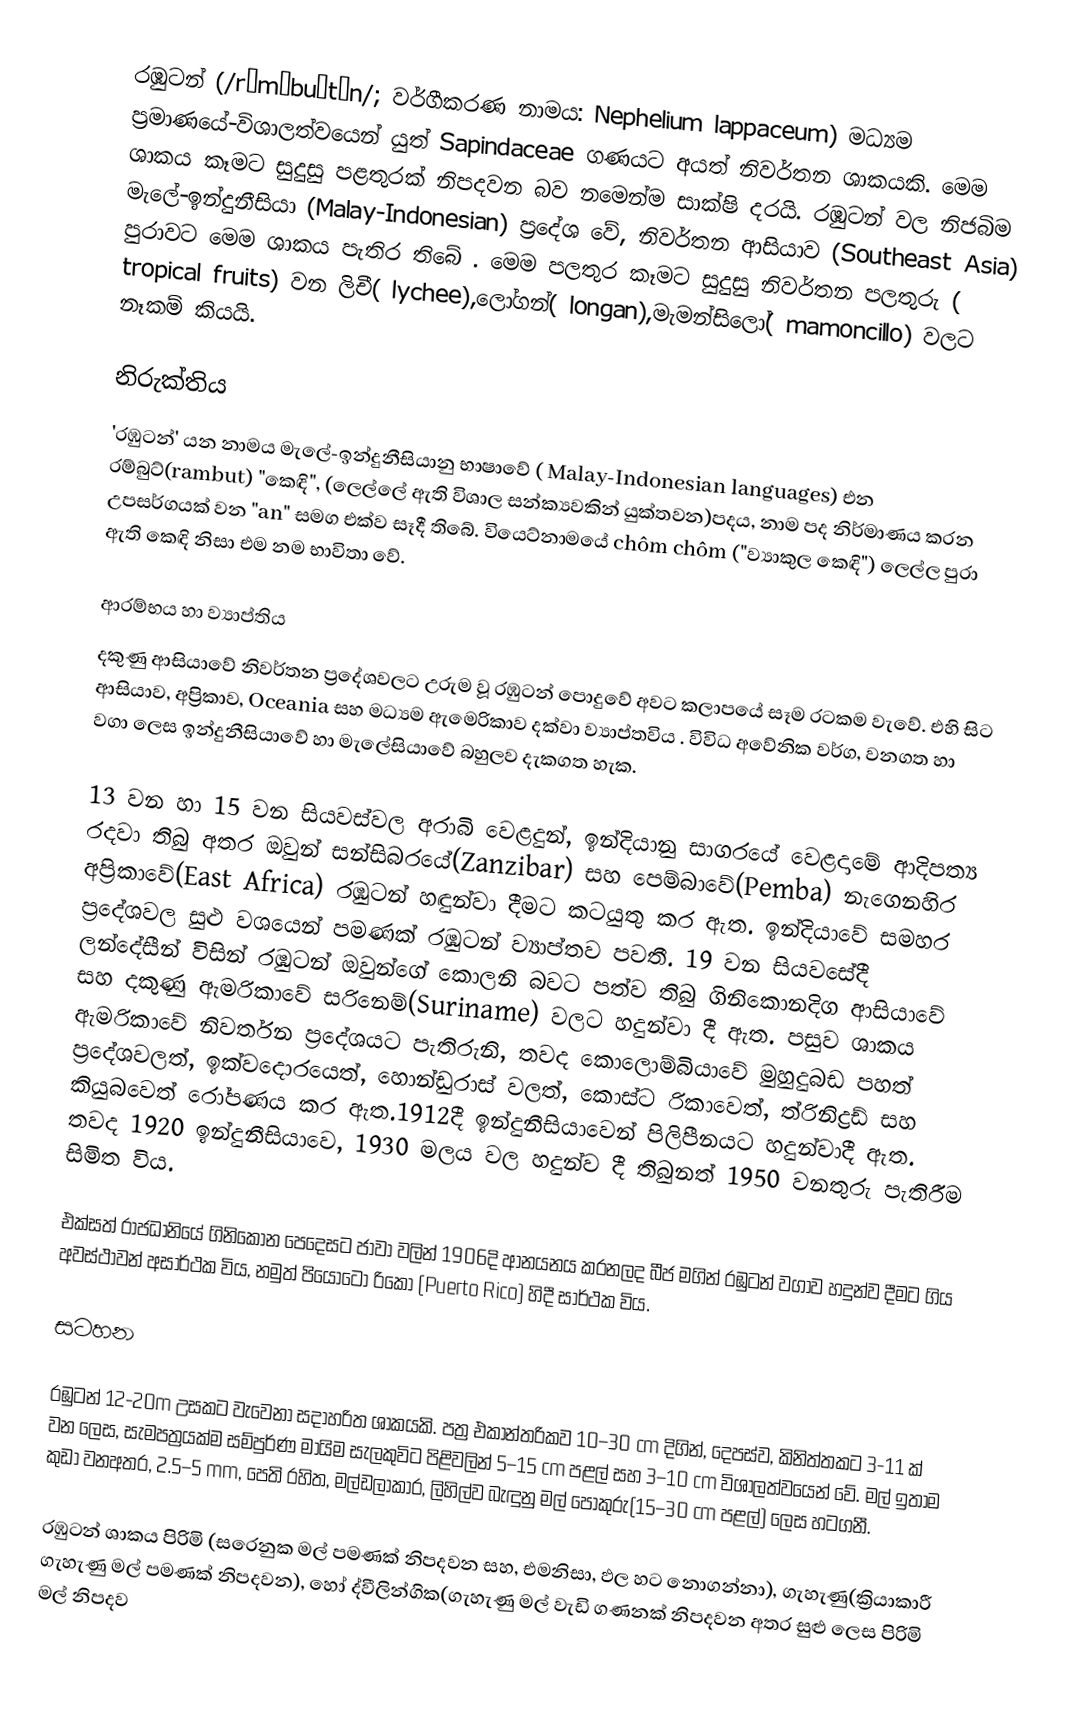
රඹුටන් (/ræmˈbuːtən/; වර්ගීකරණ නාමය: Nephelium lappaceum) මධ්‍යම ප්‍රමාණයේ-විශාලත්වයෙන් යුත්  Sapindaceae ගණයට අයත් නිවර්තන ශාකයකි. මෙම ශාකය කෑමට සුදුසු පළතුරක් නිපදවන බව නමෙන්ම සාක්ෂි දරයි. රඹුටන් වල නිජබිම මැලේ-ඉන්දුනීසියා (Malay-Indonesian) ප්‍රදේශ වේ, නිවර්තන ආසියාව  (Southeast Asia) පුරාවට මෙම ශාකය පැතිර තිබේ . මෙම පලතුර කෑමට සුදුසු නිවර්තන පලතුරු ( tropical fruits) වන    ලිචී( lychee),ලෝගන්( longan),මැමන්සිලෝ( mamoncillo) වලට නෑකම් කියයි.

නිරුක්තිය
'රඹුටන්' යන නාමය මැලේ-ඉන්දුනීසියානු භාෂාවේ ( Malay-Indonesian languages)  එන රම්බුට්(rambut)  "කෙඳි", (ලෙල්ලේ ඇති විශාල සන්ක්‍යවකින් යුක්තවන)පදය, නාම පද නිර්මාණය කරන උපසර්ගයක් වන "an" සමග එක්ව සෑදී තිබේ. වියෙට්නාමයේ   chôm chôm ("ව්‍යාකුල කෙඳි") ලෙල්ල පුරා ඇති කෙඳි නිසා එම නම භාවිතා වේ.

ආරම්භය හා ව්‍යාප්තිය
දකුණු ආසියාවේ නිවර්තන ප්‍රදේශවලට උරුම වූ රඹුටන් පොදුවේ අවට කලාපයේ සෑම රටකම වැවේ. එහි සිට ආසියාව, අප්‍රිකාව,  Oceania සහ මධ්‍යම ඇමෙරිකාව දක්වා ව්‍යාප්තවිය . විවිධ අවේනික වර්ග, වනගත හා වගා ලෙස ඉන්දුනීසියාවේ හා මැලේසියාවේ බහුලව  දැකගත හැක.

13 වන හා 15 වන සියවස්වල අරාබි වෙළදුන්, ඉන්දියානු සාගරයේ වෙළදාමේ ආදිපත්‍ය රදවා තිබු අතර ඔවුන් සන්සිබරයේ(Zanzibar) සහ පෙම්බාවේ(Pemba) නැගෙනහිර අප්‍රිකාවේ(East Africa) රඹුටන් හඳුන්වා දීමට කටයුතු කර ඇත. ඉන්දියාවේ සමහර ප්‍රදේශවල සුළු වශයෙන් පමණක් රඹුටන් ව්‍යාප්තව පවතී. 19 වන සියවසේදී ලන්දේසීන් විසින් රඹුටන් ඔවුන්ගේ කොලනි බවට පත්ව තිබු ගිනිකොනදිග ආසියාවේ සහ දකුණු ඇමරිකාවේ සරිනෙම්(Suriname) වලට හදුන්වා දී ඇත. පසුව ශාකය ඇමරිකාවේ නිවර්තන ප්‍රදේශයට පැතිරුනි, තවද කොලොම්බියාවේ මුහුදුබඩ පහත් ප්‍රදේශවලත්, ඉක්වදොරයෙත්, හොන්ඩුරාස් වලත්, කොස්ට රිකාවෙත්, ත්රිනිද්‍රඩ් සහ කියුබවෙත් රෝපණය කර ඇත.1912දී ඉන්දුනීසියාවෙන් පිලිපීනයට හදුන්වාදී ඇත. තවද 1920 ඉන්දුනීසියාවෙ, 1930 මලය වල හදුන්ව දී තිබුනත් 1950 වනතුරු පැතිරීම සිමිත විය.

එක්සත් රාජධානියේ ගිනිකොන පෙදෙසට ජාවා වලින් 1906දි ආනයනය කරනලද බීජ මගින් රඹුටන් වගාව හදුන්ව දීමට ගිය අවස්ථාවන් අසාර්ථක විය, නමුත් පියෝටෝ රිකෝ (Puerto Rico) හිදී සාර්ථක විය.

සටහන

රඹුටන් 12-20m උසකට වැවෙනා සදාහරිත ශාකයකි. පත්‍ර එකාන්තරිකව  10–30 cm දිගින්, දෙපස්ව, කිනිත්තකට 3-11 ක් වන ලෙස, සැමපත්‍රයක්ම සම්පුර්ණ මායිම සැලකුවිට පිළිවලින්  5–15 cm පළල් සහ 3–10 cm විශාලත්වයෙන් වේ. මල් ඉතාම කුඩා වනඅතර, 2.5–5 mm, පෙති රහිත, මල්ඩලාකාර, ලිහිල්ව බැඳුනු මල් පොකුරු(15–30 cm පළල්) ලෙස හටගනී.

රඹුටන් ශාකය පිරිමි (සරෙනුක මල් පමණක් නිපදවන සහ, එමනිසා, ඵල හට නොගන්නා), ගැහැණු(ක්‍රියාකාරී ගැහැණු මල් පමණක් නිපදවන), හෝ ද්වීලින්ගික(ගැහැණු මල් වැඩි ගණනක් නිපදවන අතර සුළු ලෙස පිරිමි මල් නිපදව